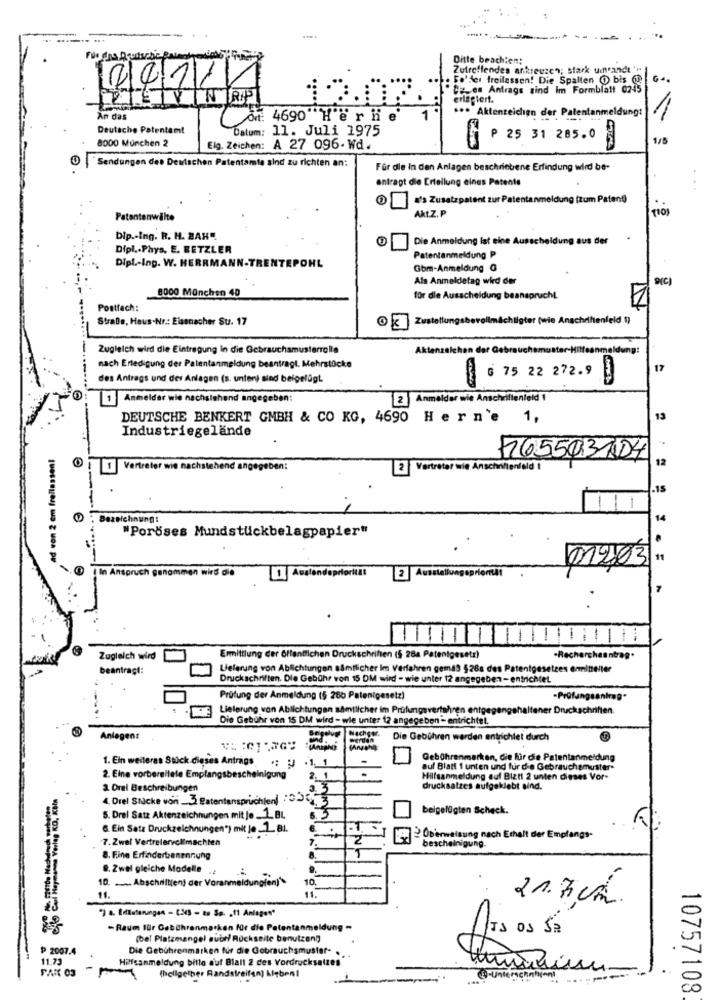
Bitte beachten:
Zutreffendes ankreuzen; stark uinrandt
. Fe'des freilassen! Die Spalten (O bis (3 G -.
Ce en Antrags sind Im Formblatt 0245
erlagiert.
12.07.
... Aktente
ungt
An das
Con 4690 "Her i e
Deutsche Patentamt
Datum: 11. Juli 1975
8000 Munchen 2
₱ 25 31 285.0
Elg. Zeichen: A 27 096. Wd.
Sendungen des Deutschen Patentamte alnd zu richten an:
Für die in den Anlagen beschriebene Erfindung wird be-
antragt die Erteilung eines Patente
. .
as Zusatzpatent zur Patentanmeldung (zum Patent)
Patentanwälte
Akt.Z.P
Dip .- Ing. R. H. BAH"
Die Anmeldung ist eine Ausscheidung aus der
Dipl .. Phys. E. BETZLER
Dipl .- Ing. W. HERRMANN
Patentanmeldung P
TRENTEPOHL
Gbm-Anmeldung G
Als Anmeldetag wid der
8000 Manchen 40
for dle Ausscheidung beansprucht
Postfach:
Straße, Hous-Nr .: Eisenacher Su. 17
Ok
Zustellungsbevollmächtigter (wie Anschriftenfeld 1)
Zugleich wird die Eintragung in die Gebrauchsmusterrolle
Aktenzeichen der Gebrauchsmuster-Hilfeanmeldung:
nach Erledigung der Patentanmeldung beantragt. Mehrstücke
6 75 22 272.9
17
......
des Antrags und der Anlagen (s. unten) sind beigefügt.
[1] Anmelder wie nachstehend angegeben:
2 Anmelder wie Anschriftenfeld 1
DEUTSCHE BENKERT GMBH & CO KG, 4690 Hern'e 1,
15
Industriegelände
ad von 2 em frellassen!
165503104
12
JVertreter wie nachstehend angegeben:
|2| Vertreter wie Anschriftended 1
.15
1/1
Bezeichnung:
14
"Poröses Mundstückbelagpapier"
In Anspruch genommen wird die
012 0311
Acalendeprioritat
111
Zugleich wird
Ermittlung der Öffentlichen Druckschriften (5 28a Patentgesetz)
.Rechercheantrag.
eantragt:
Lieferung von AbRichtungen sämtlicher Im Verfahren gema9 528a des Patentge
setees ermittelter
Druckschriften. Die Gebühr von 15 DM wird - wie unter 12 angegeben-entrichtet
Prüfung der Anmeldung (5 286 Patentgesetz)
-Prüfungsantrag"
Lieferung von Ablichtungen sämtlicher im Prüfungsverfahren entgegengshaltener Druckschriften.
Die Gebühr von 15 DM wird - wie unter 12 angegeben - entrichtet.
Nachger
Anlagen:
werden
Die Gebühren werden entrichtet durch
1. Ein weileras Stick.dieses Antrags
: 2 .11
Gebührenmarken, die für die Patentanmeldung
auf Blatt 1 unten und fur die Gebrauchsmuster-
2. Eine vorbereitete Emplangsbescheinigung
Hilfsanmeldung auf Bizt! 2 unten dieses Vor-
2. Orel Beschreibungen
drucksatzes aufgeklebt sind.
4. Drel Stücke von __ 3 Patentanspruchlenl :3.
beigefügten Scheck.
S. Drel Satz Aktenzeichnungen mit je _1_ BL
6. Ein Satz Druckzeichnungen*) mit je __ 1_ B1.
7.Zwel Vertretervollmachten
7.
Überweisung nach Erhalt der Empfangs-
bescheinigung.
8. Fine Erfinderbenennung
9. Zwal gleiche Modelle
10. .... Abschrift(en) der Voranmeldungfen)">
10
11.
21. 7 UL.
*) & Rdautoringen - (3C) - Ba Sp. . 11 Anlagen"
- Raum für Gab Chronmarken für die Patentanmeld
(bel Platzmangel subr/ Rückseite benutzen!)
P 2007.4
Die Gebührenmarken fur die Gobrauchsmuster-
11.73
Hilfsanmeldung bitte auf Blall 2 des Vordrucksalzes
PAR 03
(hellgelber Randstreifen) Lieben!
.. ...
10757108